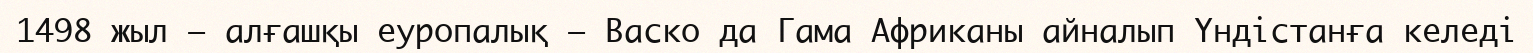
1498 жыл — алғашқы еуропалық — Васко да Гама Африканы айналып Үндістанға келеді